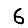
Digit: 6